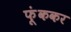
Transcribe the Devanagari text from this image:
फूंककर